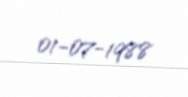
01-07-1988